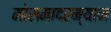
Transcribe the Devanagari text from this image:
मोसमादरम्यान